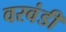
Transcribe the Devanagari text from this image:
वरवंडी